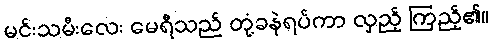
မင်းသမီးလေး မေရီသည် တုံ့ခနဲရပ်ကာ လှည့် ကြည့်၏။